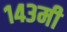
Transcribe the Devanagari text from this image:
१४३मी